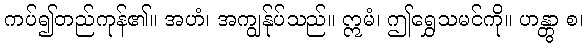
ကပ်၍တည်ကုန်၏။ အဟံ၊ အကျွန်ုပ်သည်။ ဣမံ၊ ဤရွှေသမင်ကို။ ဟန္တွာ စ၊